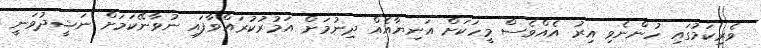
ވެރިކަމުގައި ހުންނެވި އިރު އެއްވެސް މީހަކަށް އަނިޔާއެއް ދިނުމަށް އަމުރުކުރައްވާފައި ނުވާނޭކަމަށް ނަޝީދުވަނީ